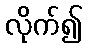
လိုက်၍